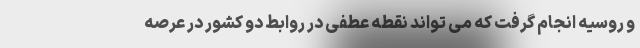
و روسیه انجام گرفت که می تواند نقطه عطفی در روابط دو کشور در عرصه